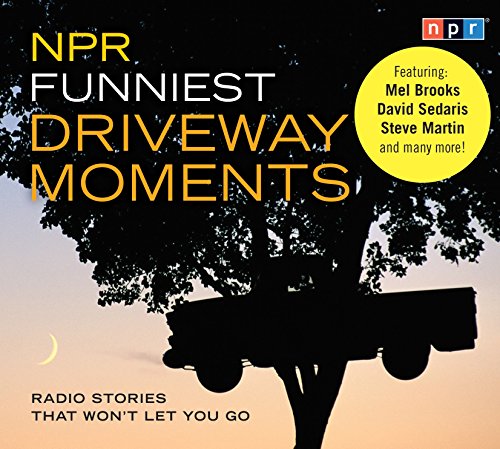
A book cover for NPR Funniest Driveway Moments: Radio Stories That Won't Let You Go; NPR; Humor & Entertainment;